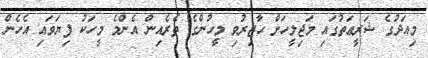
މިއަދުގެ ޝަރީޢަތުގައި މަޖިލީހަށް ޙާޒިރުވި މީހުންގެ ތެރެއިން އެންމެ މީހަކު ފިޔަވައި އެހެން